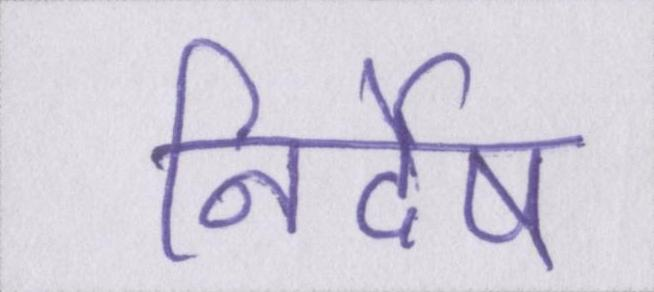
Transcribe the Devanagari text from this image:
निर्देष